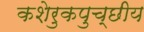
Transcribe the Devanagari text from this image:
कशेरुकपुच्छीय